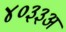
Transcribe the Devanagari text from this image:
४०३३अ